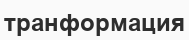
транформация